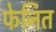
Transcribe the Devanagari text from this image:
फेनित